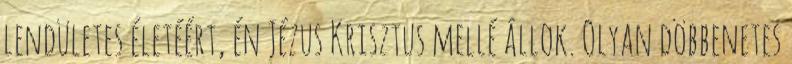
lendületes életéért, én Jézus Krisztus mellé állok. Olyan döbbenetes